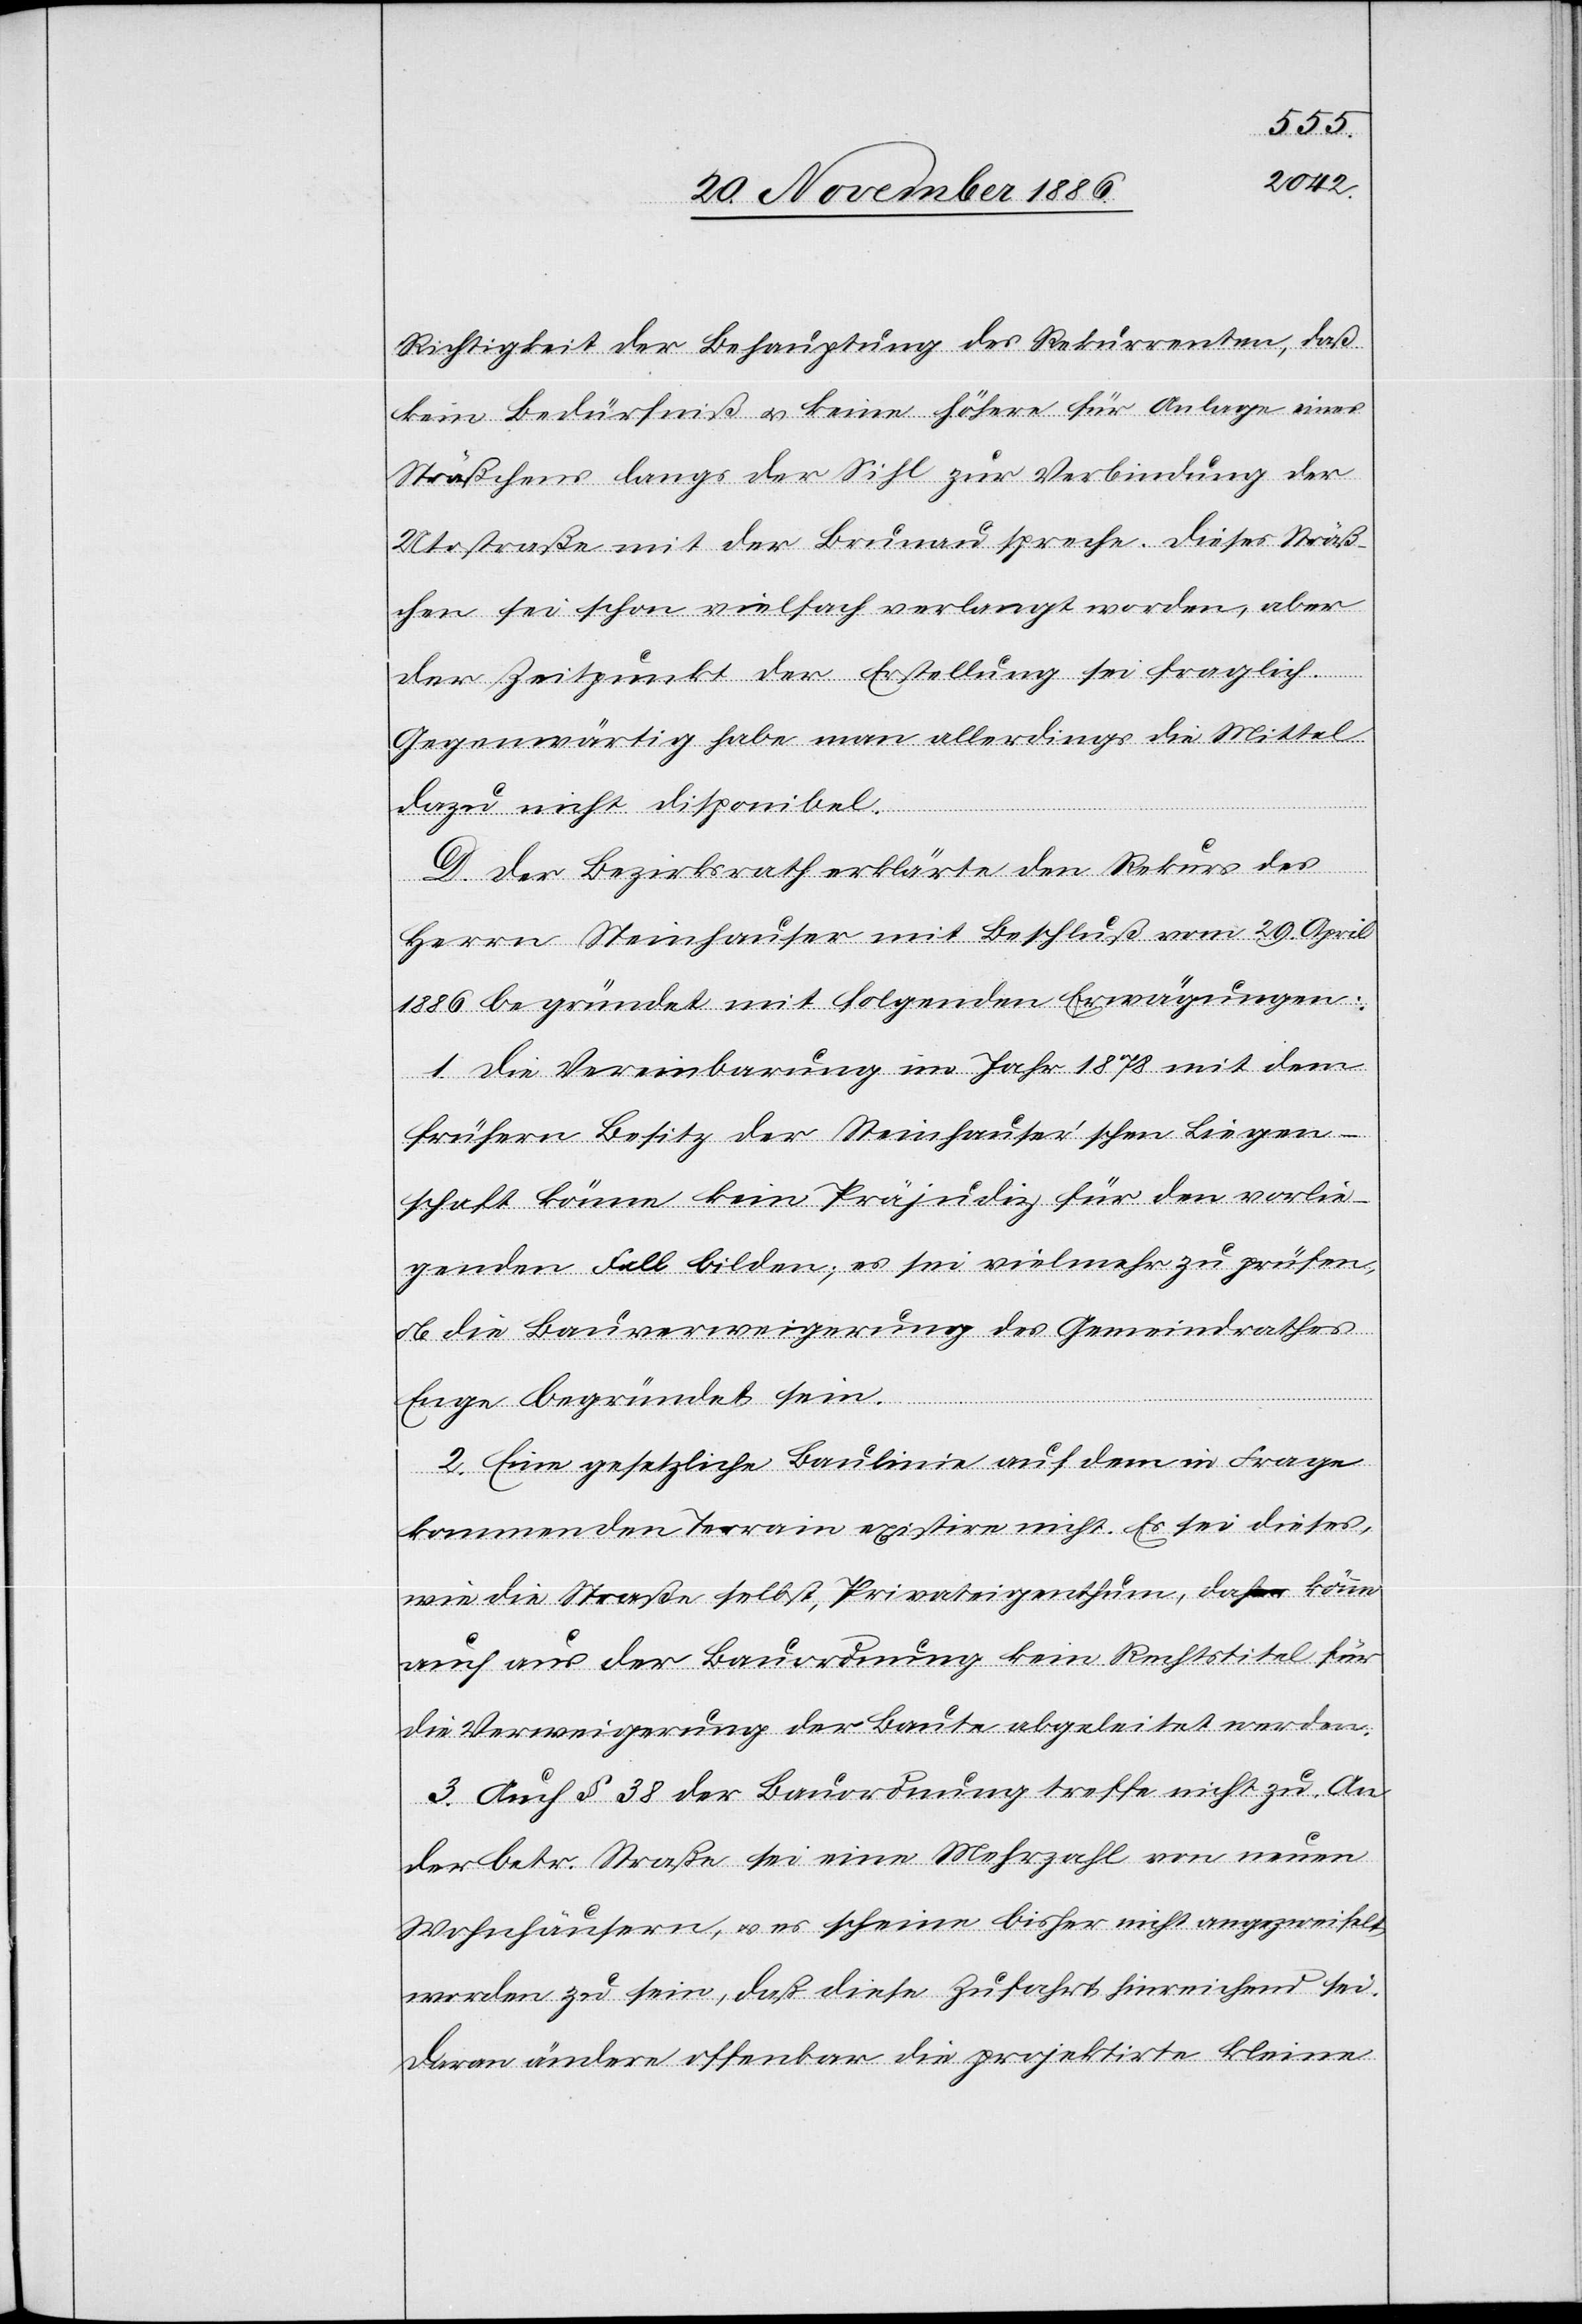
Richtigkeit der Behauptung des Rekurrenten, daß
kein Bedürfniß & keine höhere [sic!] für Anlage eines
Sträßchens langs [sic!] der Sihl zur Verbindung der
Utostraße mit der Brunau spreche. Dieses Sträß¬
chen sei schon vielfach verlangt worden, aber
der Zeitpunkt der Erstellung sei fraglich.
Gegenwärtig habe man allerdings die Mittel
dazu nicht disponibel.
D. Der Bezirksrath erklärte den Rekurs des
Herrn Steinhauser mit Beschluß vom 29. April
1886 begründet mit folgenden Erwägungen:
1. Die Vereinbarung im Jahr 1878 mit dem
frühern Besitz der Steinhauser’schen Liegen¬
schaft könne kein Präjudiz für den vorlie¬
genden Fall bilden; es sei vielmehr zu prüfen,
ob die Bauverweigerung des Gemeindrathes
Enge begründet sein
2. Eine gesetzliche Baulinie auf dem in Frage
kommenden Terrain existire nicht. Es sei dieses,
wie die Straße selbst, Privateigenthum, daher könne
auch aus der Bauordnung kein Rechtstitel für
die Verweigerung der Baute abgeleitet werden.
3. Auch § 38 der Bauordnung treffe nicht zu. An
der betr. Straße sei eine Mehrzahl von neuen
Wohnhäusern, & es scheine bisher nicht angezweifelt
worden zu sein, daß diese Zufahrt hinreichend sei.
Daran ändere offenbar die projektirte kleine